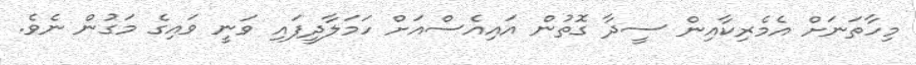
މިހާތަނަށް އެމެރިކާއިން ސީދާ ގޮތުން އައިއެސްއަށް ހަމަލާދީފައި ވަނީ ވައިގެ މަގުން ނެވެ.